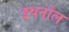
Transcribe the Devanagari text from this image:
इथनोल